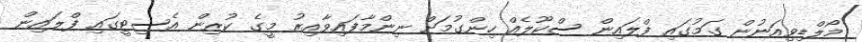
މޯލްޑިވިއަނުން ގަމުގައި ފްލައިން ސްކޫލެއް ހިންގުމަށް ނިންމާފައިވާއިރު މީގެ ކުރިން އެސިޓީގައި ފްލައިން